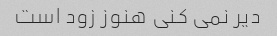
دیر نمی کنی هنوز زود است